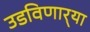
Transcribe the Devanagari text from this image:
उडविणार्‍या